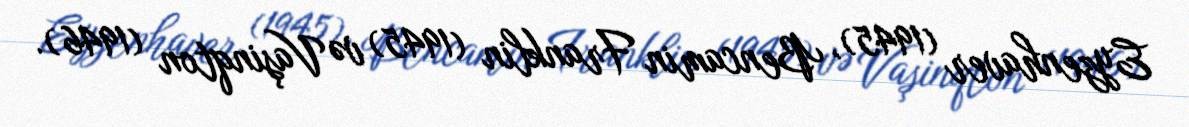
Eyzenhaver (1945), Bencamin Franklin (1945) və Vaşinqton (1946).